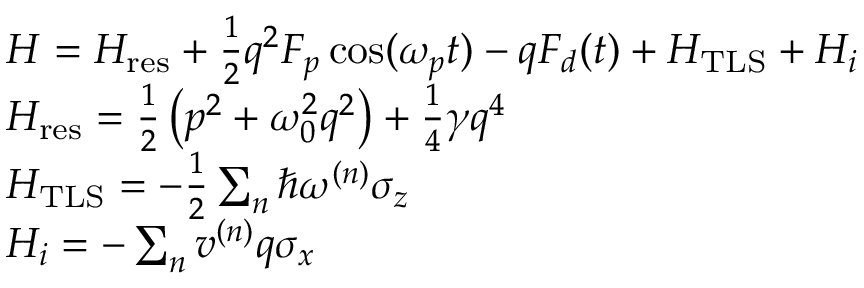
\begin{array} { r l } & { H = H _ { \mathrm { r e s } } + \frac { 1 } { 2 } q ^ { 2 } F _ { p } \cos ( \omega _ { p } t ) - q F _ { d } ( t ) + H _ { \mathrm { T L S } } + H _ { i } } \\ & { H _ { \mathrm { r e s } } = \frac { 1 } { 2 } \left( p ^ { 2 } + \omega _ { 0 } ^ { 2 } q ^ { 2 } \right) + \frac { 1 } { 4 } \gamma q ^ { 4 } } \\ & { H _ { \mathrm { T L S } } = - \frac { 1 } { 2 } \sum _ { n } { \hbar \omega ^ { ( n ) } \sigma _ { z } } } \\ & { H _ { i } = - \sum _ { n } { v ^ { ( n ) } q \sigma _ { x } } } \end{array}